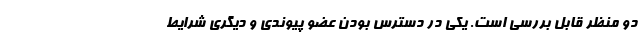
دو منظر قابل بررسی است. یکی در دسترس بودن عضو پیوندی و دیگری شرایط